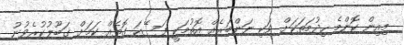
މިއިން ކޮންމެ ހިދުމަތަކަށް ވަކި ނަންބަރެއް އޮތުމަކީ ފަސޭހަ ގޮތެއް ކަމަށް ގަބޫލުކުރެވުނު